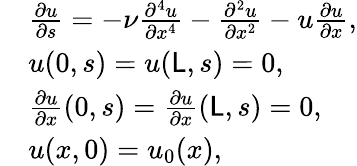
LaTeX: \begin{array}{rl}&{\frac{\partial u}{\partial s}=-\nu\frac{\partial^{4}u}{\partial x^{4}}-\frac{\partial^{2}u}{\partial x^{2}}-u\frac{\partial u}{\partial x},}\\ &{u(0,s)=u(\mathsf{L},s)=0,}\\ &{\frac{\partial u}{\partial x}(0,s)=\frac{\partial u}{\partial x}(\mathsf{L},s)=0,}\\ &{u(x,0)=u_{0}(x),}\end{array}